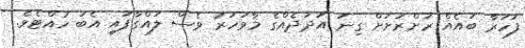
ފަހަރާ ބައެއް ރަށްރަށަށް ގިނަ އަދަދެއްގެ މާވަަހަރު ވެސް ލައްގާފައި އެބަ ހުއްޓެވެ.